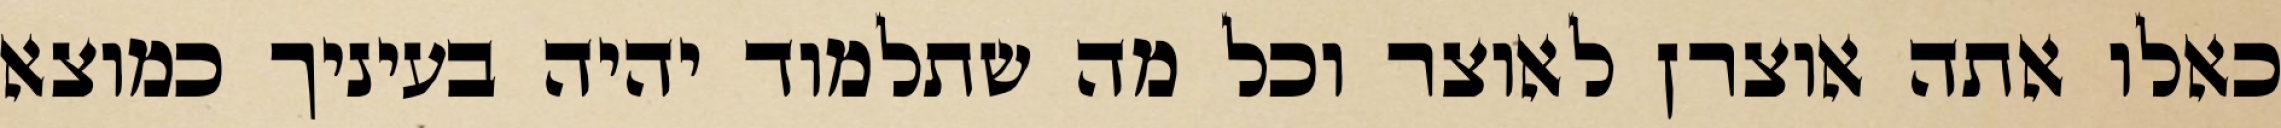
כאלו אתה אוצרן לאוצר וכל מה שתלמוד יהיה בעיניך כמוצא